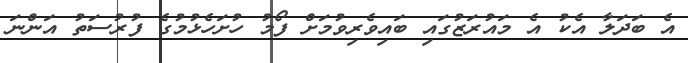
އެ ބަދަލާ އެކު އެ މައުރަޒުގައި ބައިވެރިވުމަށް ފޯމު ހުށަހެޅުމުގެ ފުރުސަތު އަންނަ